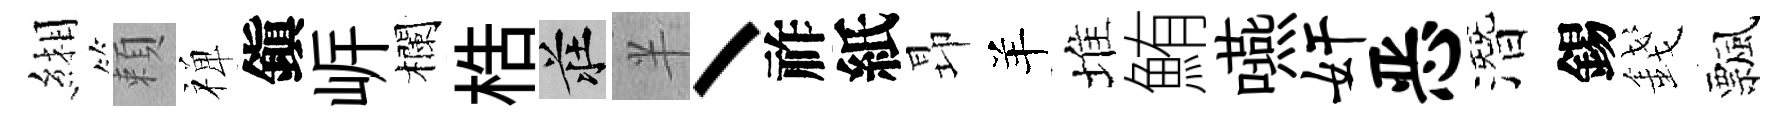
緗頼禅鎭㟁欄梏莊半丶祚紙昻羊堆鮪嚥奸恶潛錫錢飄